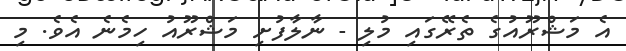
އެ މަޝްރޫއުގެ ތެރޭގައި މުލި - ނާލާފުށި މަޝްރޫއު ހިމެނެ އެވެ. މި